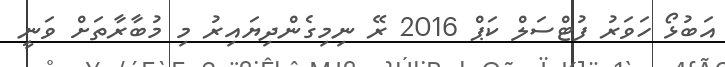
އަބުޅޯ ހަވަރު ފުޓްސަލް ކަޕް 2016 ރޭ ނިމިގެންދިޔައިރު މި މުބާރާތަށް ވަނީ